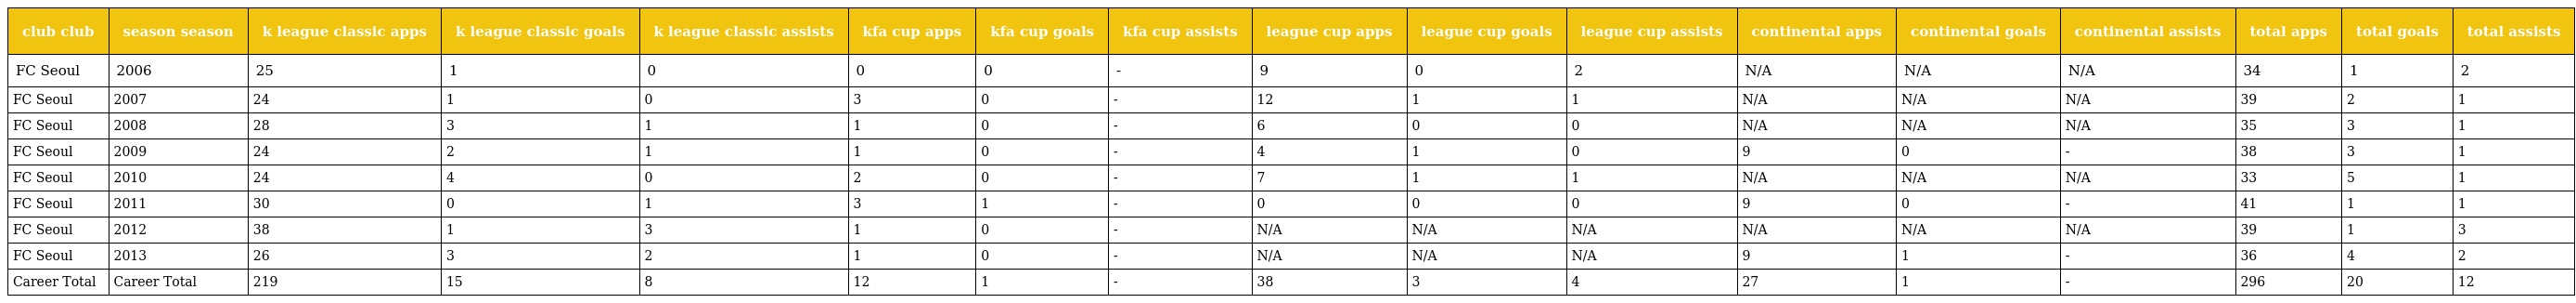
| club club | season season | k league classic apps | k league classic goals | k league classic assists | kfa cup apps | kfa cup goals | kfa cup assists | league cup apps | league cup goals | league cup assists | continental apps | continental goals | continental assists | total apps | total goals | total assists |
 | --- | --- | --- | --- | --- | --- | --- | --- | --- | --- | --- | --- | --- | --- | --- | --- | --- |
 | FC Seoul | 2006 | 25 | 1 | 0 | 0 | 0 | - | 9 | 0 | 2 | N/A | N/A | N/A | 34 | 1 | 2 |
 | FC Seoul | 2007 | 24 | 1 | 0 | 3 | 0 | - | 12 | 1 | 1 | N/A | N/A | N/A | 39 | 2 | 1 |
 | FC Seoul | 2008 | 28 | 3 | 1 | 1 | 0 | - | 6 | 0 | 0 | N/A | N/A | N/A | 35 | 3 | 1 |
 | FC Seoul | 2009 | 24 | 2 | 1 | 1 | 0 | - | 4 | 1 | 0 | 9 | 0 | - | 38 | 3 | 1 |
 | FC Seoul | 2010 | 24 | 4 | 0 | 2 | 0 | - | 7 | 1 | 1 | N/A | N/A | N/A | 33 | 5 | 1 |
 | FC Seoul | 2011 | 30 | 0 | 1 | 3 | 1 | - | 0 | 0 | 0 | 9 | 0 | - | 41 | 1 | 1 |
 | FC Seoul | 2012 | 38 | 1 | 3 | 1 | 0 | - | N/A | N/A | N/A | N/A | N/A | N/A | 39 | 1 | 3 |
 | FC Seoul | 2013 | 26 | 3 | 2 | 1 | 0 | - | N/A | N/A | N/A | 9 | 1 | - | 36 | 4 | 2 |
 | Career Total | Career Total | 219 | 15 | 8 | 12 | 1 | - | 38 | 3 | 4 | 27 | 1 | - | 296 | 20 | 12 |